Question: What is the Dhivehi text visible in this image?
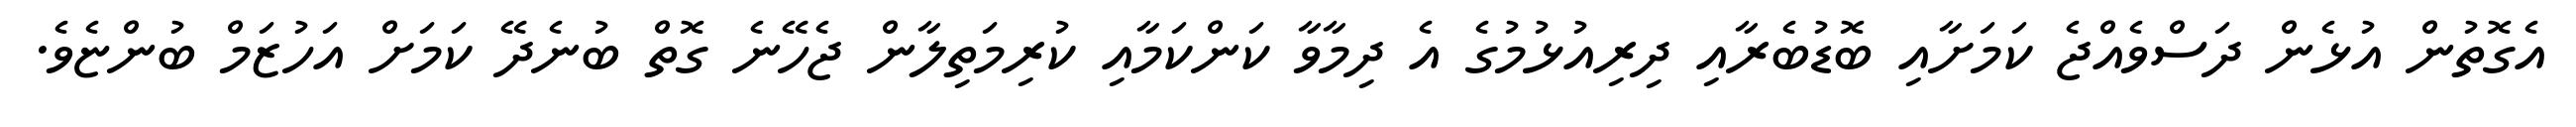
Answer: އެގޮތުން އުޅެން ދަސްވެއްޖެ ކަމަށާއި ބޮޑުބެރާއި ދިރިއުޅުމުގެ އެ ދިމާވާ ކަންކަމާއި ކުރިމަތިލާން ޖެހޭނެ ގޮތް ބުނެދޭ ކަމަށް އަހުޒަމް ބުންޏެވެ.